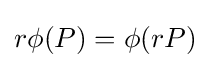
r\phi (P)=\phi (rP)